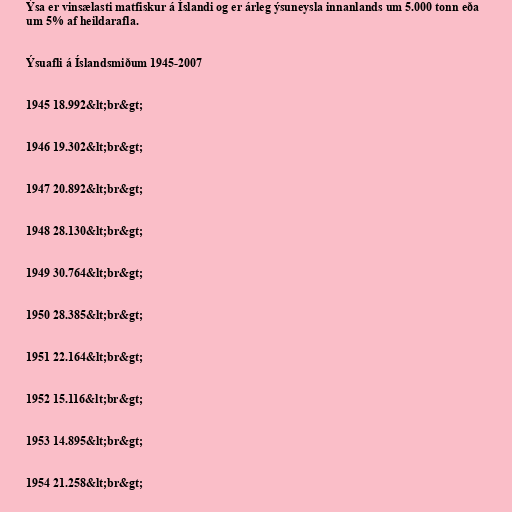
Ýsa er vinsælasti matfiskur á Íslandi og er árleg ýsuneysla innanlands um 5.000 tonn eða
um 5% af heildarafla.

Ýsuafli á Íslandsmiðum 1945-2007

1945 18.992&lt;br&gt;

1946 19.302&lt;br&gt;

1947 20.892&lt;br&gt;

1948 28.130&lt;br&gt;

1949 30.764&lt;br&gt;

1950 28.385&lt;br&gt;

1951 22.164&lt;br&gt;

1952 15.116&lt;br&gt;

1953 14.895&lt;br&gt;

1954 21.258&lt;br&gt;